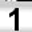
Digit: 1